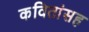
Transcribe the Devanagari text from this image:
कवितांसह